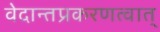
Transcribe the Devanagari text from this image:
वेदान्तप्रकरणत्वात्